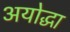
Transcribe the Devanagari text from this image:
अयोद्धा